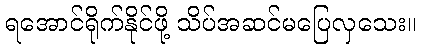
ရအောင်ရိုက်နိုင်ဖို့ သိပ်အဆင်မပြေလှသေး။